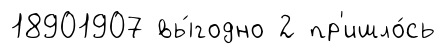
18901907 вы́годно 2 пр'ишло́сь